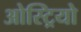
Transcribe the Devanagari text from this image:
ओस्ट्रियो